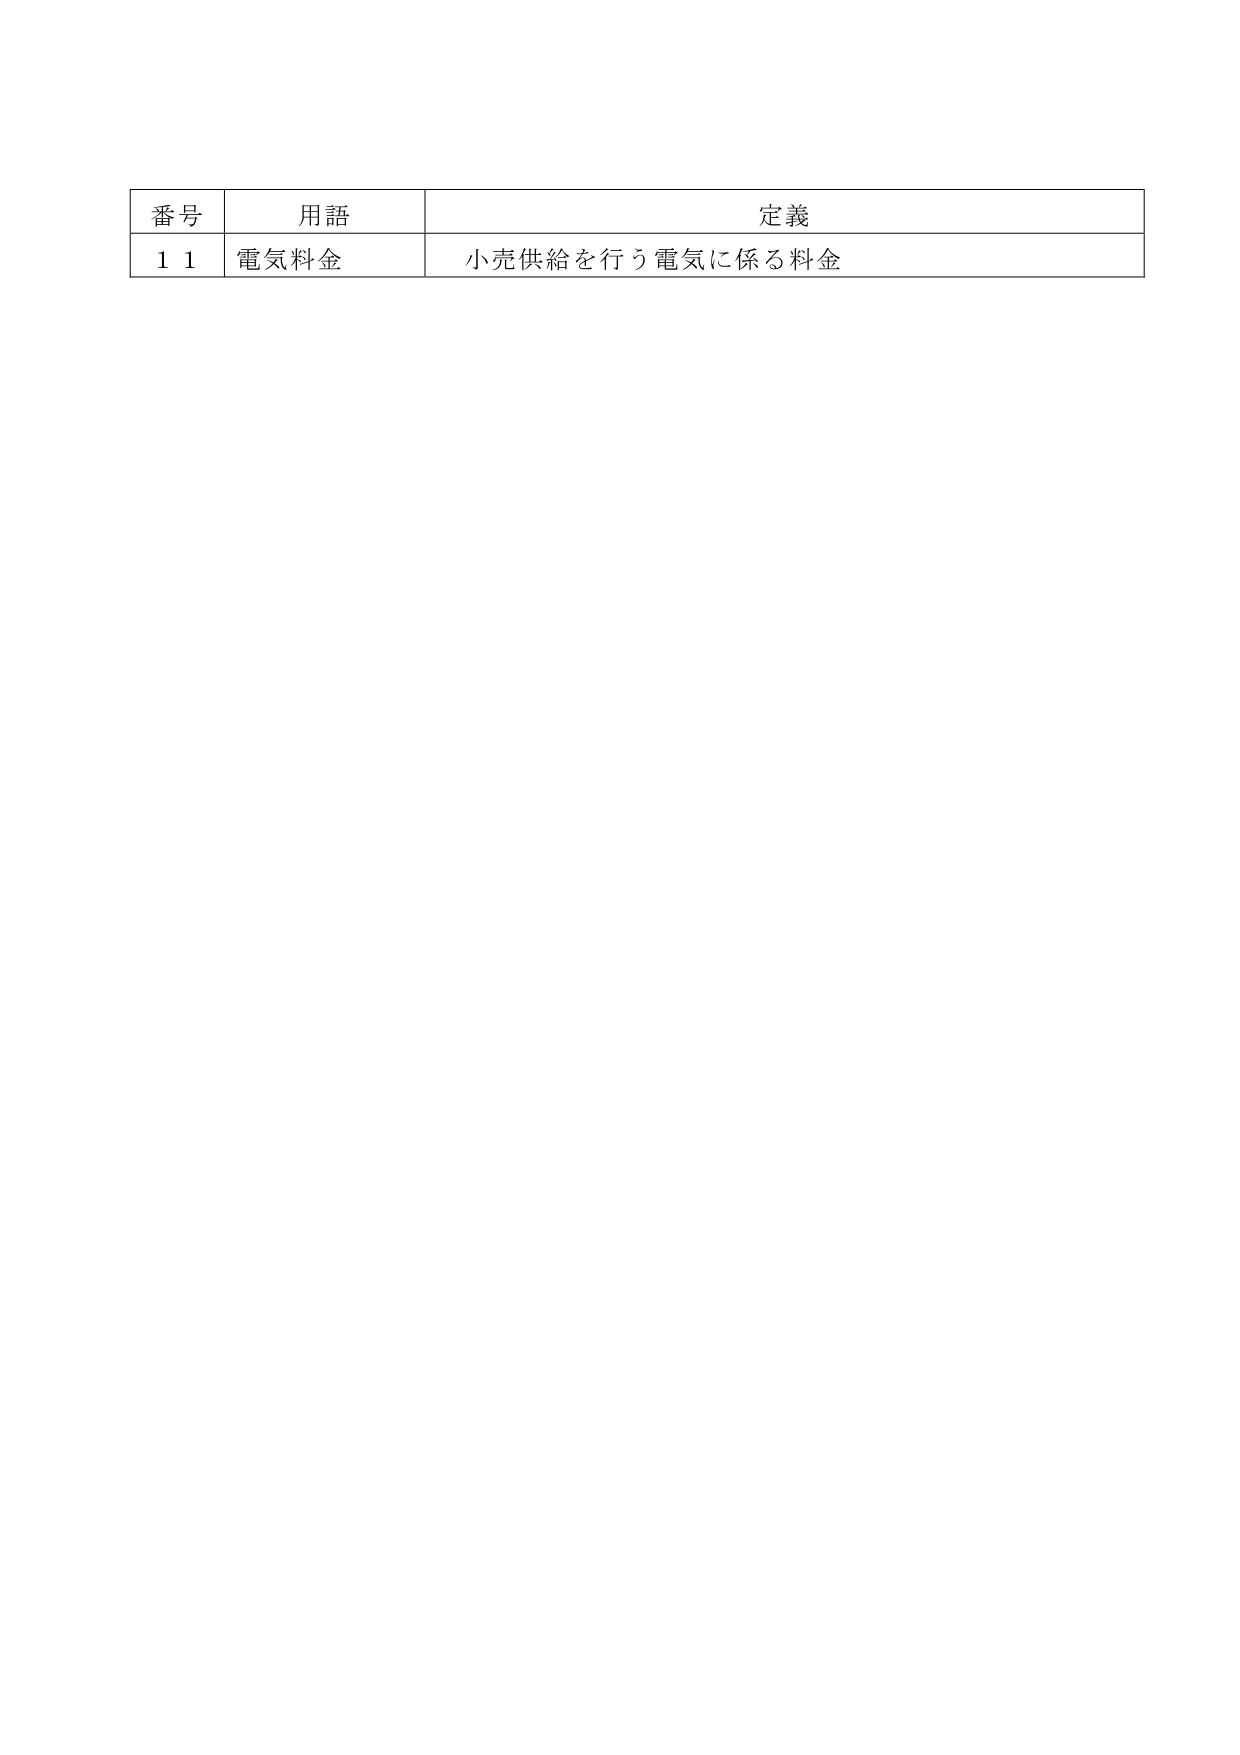
番号　用語　定義
1 1　電気料金　小売供給を行う電気に係る料金